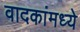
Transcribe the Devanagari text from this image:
वादकांमध्ये